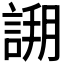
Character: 𧩝